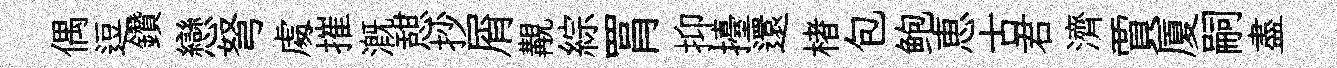
偶逗鑽戀弩䖏摧溉憇抄屑覯綜罥抑擡還楮包鲍恵古君濟賈厦嗣盡